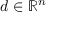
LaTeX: d \in \mathbb { R } ^ { n }